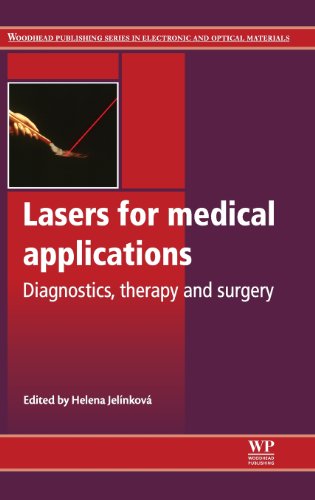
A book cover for Lasers for Medical Applications: Diagnostics, Therapy and Surgery (Woodhead Publishing Series in Electronic and Optical Materials); Medical Books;